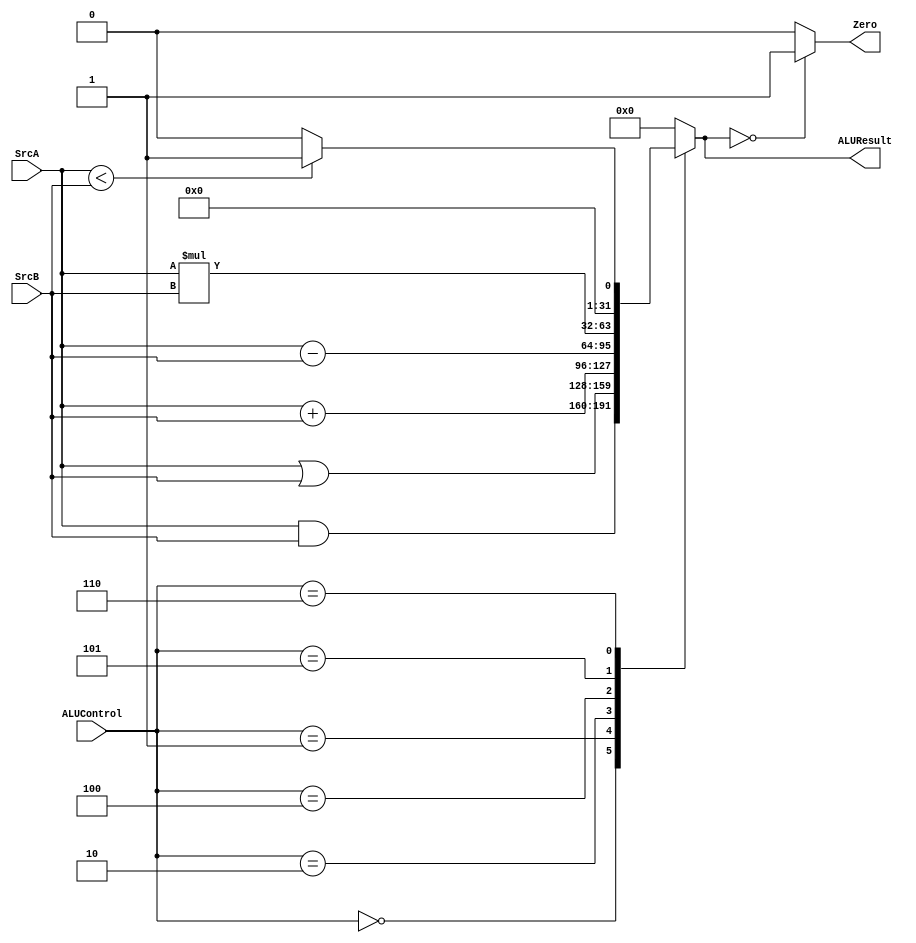
module ALU (

input wire  [31:0]  SrcA,
input wire  [31:0]  SrcB,
input wire  [2:0]   ALUControl,

output wire         Zero,
output reg  [31:0] ALUResult
);

always @ (*)
  begin
    case(ALUControl)
     3'b000: ALUResult = SrcA & SrcB;
     3'b001: ALUResult = SrcA | SrcB;
     3'b010: ALUResult = SrcA + SrcB;
     3'b100: ALUResult = SrcA - SrcB;
     3'b101: ALUResult = SrcA * SrcB;
     3'b110: ALUResult = (SrcA < SrcB) ? 32'b1 : 32'b0;
    default: ALUResult = 16'b0;
   endcase
  end
  
  assign Zero = (ALUResult == 32'b0) ? 1'b1 : 1'b0;

endmodule